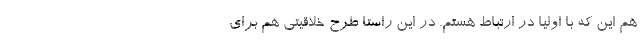
هم این که با اولیا در ارتباط هستم. در این راستا طرح خلاقیتی هم برای